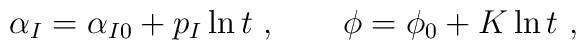
\alpha_I = \alpha_{I0} + p_I \ln t \ , \qquad \phi = \phi_0 + K \ln t \ ,